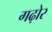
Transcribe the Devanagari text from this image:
गढ़ोर